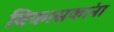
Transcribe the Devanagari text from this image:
विकासकांना